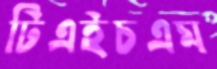
টিএইচএম